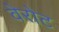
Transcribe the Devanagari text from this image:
वेरोट